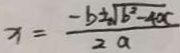
x = \frac { - b \pm \sqrt { b ^ { 2 } - 4 x } } { 2 a }